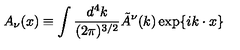
A _ { \nu } ( x ) \equiv \int { \frac { d ^ { 4 } k } { ( 2 \pi ) ^ { 3 / 2 } } } \tilde { A } ^ { \nu } ( k ) \exp \{ i k \cdot x \} \,